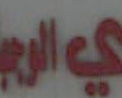
الوجبة